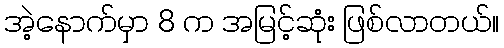
အဲ့နောက်မှာ 8 က အမြင့်ဆုံး ဖြစ်လာတယ်။